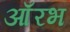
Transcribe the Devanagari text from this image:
आँरभ